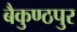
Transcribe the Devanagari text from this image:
बैकुण्ठपुर